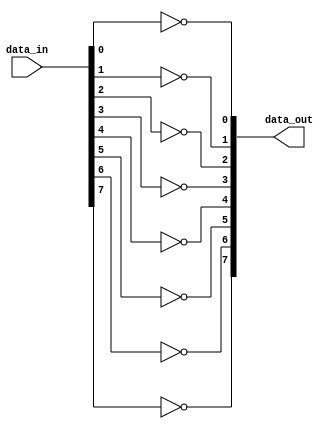
module generate_loop_example #(parameter NUM_INSTANCES = 8) (
    input wire [NUM_INSTANCES-1:0] data_in,
    output wire [NUM_INSTANCES-1:0] data_out
);

// Declare the genvar
genvar i;

// Generate loop to create instances of a simple logic block
generate
    for (i = 0; i < NUM_INSTANCES; i = i + 1) begin : logic_block
        // Instance of a simple logic operation (e.g., inversion)
        assign data_out[i] = ~data_in[i]; // Example logic: Inversion of input
    end
endgenerate

endmodule